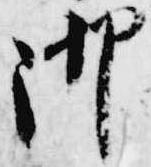
御